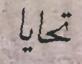
تحايا